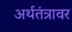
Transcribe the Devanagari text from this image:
अर्थतंत्रावर